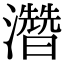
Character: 濳